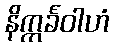
နိက္ကင်္ခဝါဟံ